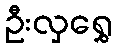
ဦးလှရွှေ